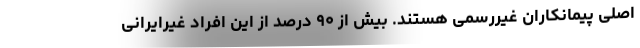
اصلی پیمانکاران غیررسمی هستند. بیش از ۹۰ درصد از این افراد غیرایرانی